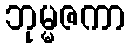
ဘုမ္မဇကာ